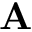
\mathbf { A }